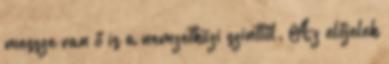
messze van ő is a nemzetközi szinttől. Az előjelek